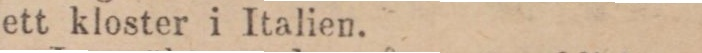
ett kloster i Italien.